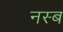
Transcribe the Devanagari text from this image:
नस्ब